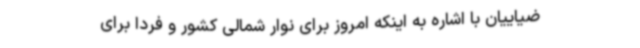
ضیاییان با اشاره به اینکه امروز برای نوار شمالی کشور و فردا برای